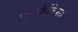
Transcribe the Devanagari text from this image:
पुनर्कल्पित